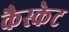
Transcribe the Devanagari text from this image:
कैस्केट